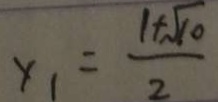
x _ { 1 } = \frac { 1 + \sqrt { 1 0 } } { 2 }